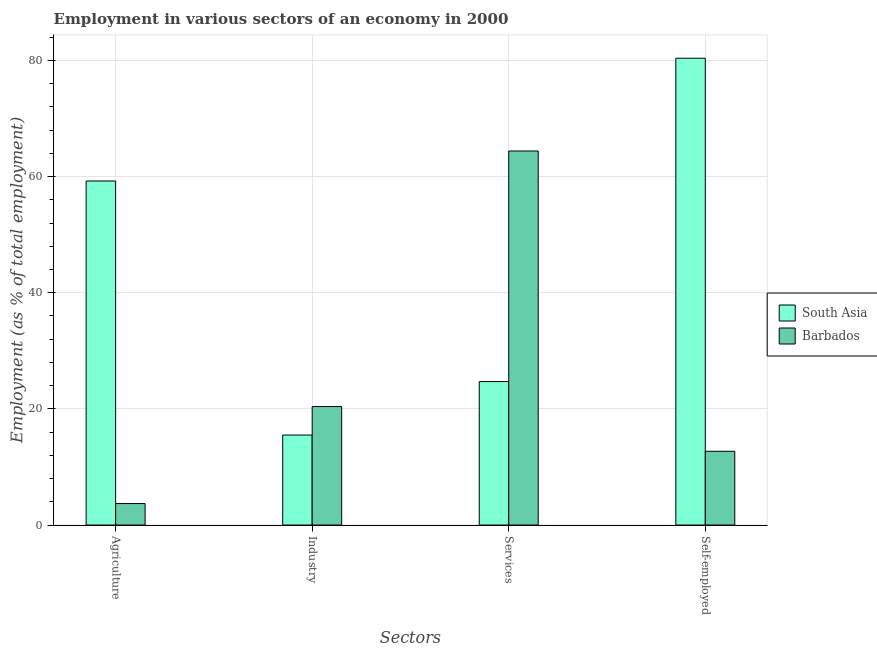
| Sectors | South Asia | Barbados |
 | --- | --- | --- |
 | Agriculture | 59.2 | 3.7 |
 | Industry | 15.5 | 20.4 |
 | Services | 24.7 | 64.4 |
 | Self-employed | 80.4 | 12.7 |